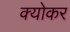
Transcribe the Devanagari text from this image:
क्योकर